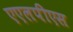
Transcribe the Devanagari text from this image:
एएलपीएस